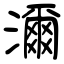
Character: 濔